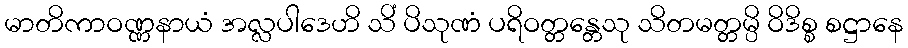
မာတိကာဝဏ္ဏနာယံ အလ္လပါဒေဟိ သိံ ပိသုဏံ ပရိဝတ္တန္တေသု သိတမတ္တမ္ပိ ဝိဒိစ္စ စဋ္ဌာနေ